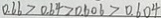
0 . 6 6 > 0 . 6 4 > 0 . 6 0 6 > 0 . 6 0 4